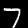
Digit: 7